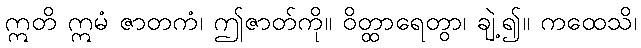
ဣတိ ဣမံ ဇာတကံ၊ ဤဇာတ်ကို။ ဝိတ္ထာရေတွာ၊ ချဲ့၍။ ကထေသိ၊